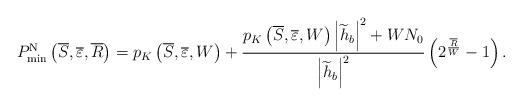
LaTeX: \begin{align*}P_{\min }^{\rm{N}}\left( {\overline S,\overline \varepsilon ,\overline R } \right) ={p_K}\left( {\overline S,\overline \varepsilon ,W} \right) + \frac{{{p_K}\left( {\overline S,\overline \varepsilon ,W} \right){{\left| {{{\widetilde h}_b}} \right|}^2} + W{N_0}}}{{{{\left| {{{\widetilde h}_b}} \right|}^2}}}\left( {{2^{\frac{{\overline R }}{W}}} - 1} \right).\end{align*}